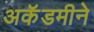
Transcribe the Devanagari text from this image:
अकॅडमीने